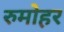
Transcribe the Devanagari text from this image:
रुमोहर